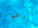
الرغم